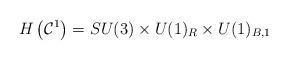
LaTeX: \begin{align*}H\left({\cal C}^1\right) = SU(3) \times U(1)_R \times U(1)_{B,1}\end{align*}